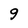
Character: 9